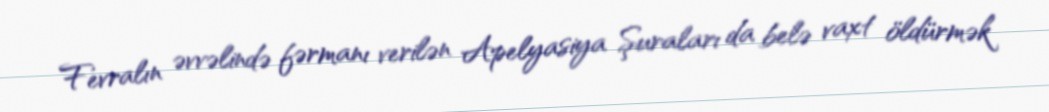
Fevralın əvvəlində fərmanı verilən Apelyasiya Şuraları da belə vaxt öldürmək